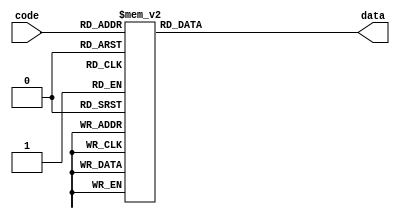


module Decoder_3_to_8(
						input [2:0] code,
						output [7:0] data
						);

	reg [7:0] data_reg;
	assign data = data_reg;
	always@(code) begin
		case(code)
			3'h0:	data_reg = 8'b00000001;				
			3'h1:	data_reg = 8'b00000010;	
			3'h2:	data_reg = 8'b00000100;		
			3'h3:   data_reg = 8'b00001000;		
			3'h4:   data_reg = 8'b00010000;		
			3'h5:   data_reg = 8'b00100000;		
			3'h6:   data_reg = 8'b01000000;		
			3'h7:   data_reg = 8'b10000000;	
			default:	data_reg = 8'hxx;
		endcase
	end
endmodule